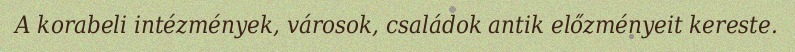
A korabeli intézmények, városok, családok antik előzményeit kereste.